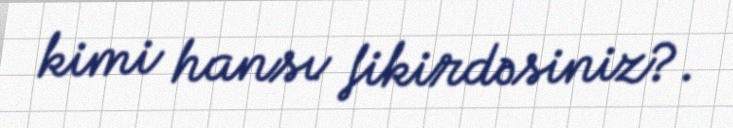
kimi hansı fikirdəsiniz?.